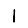
Digit: 1